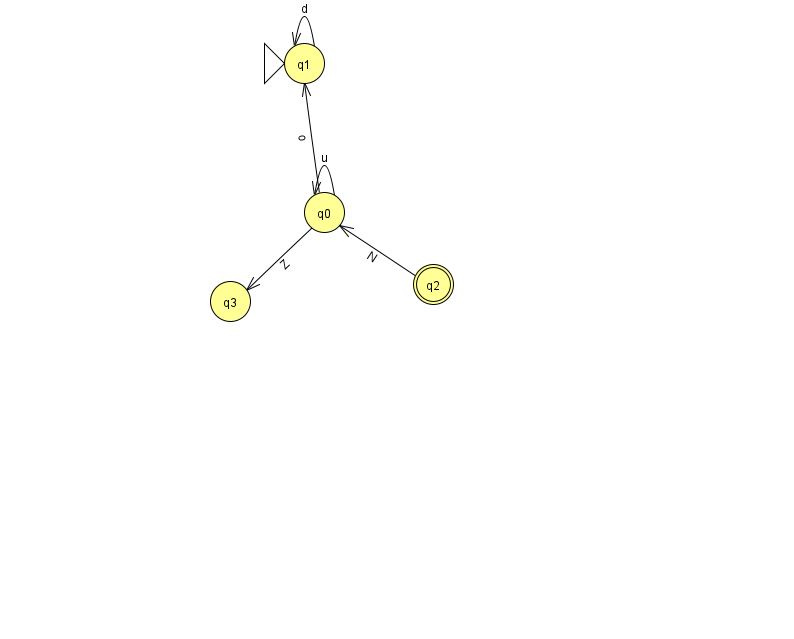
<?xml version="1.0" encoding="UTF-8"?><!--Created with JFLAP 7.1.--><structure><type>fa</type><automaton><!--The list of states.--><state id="0" name="q0"><x>324.0</x><y>199.0</y></state><state id="1" name="q1"><x>304.0</x><y>50.0</y><initial/></state><state id="2" name="q2"><x>433.0</x><y>271.0</y><final/></state><state id="3" name="q3"><x>230.0</x><y>288.0</y></state><!--The list of transitions.--><transition><from>0</from><to>1</to><read>o</read></transition><transition><from>1</from><to>1</to><read>d</read></transition><transition><from>0</from><to>0</to><read>u</read></transition><transition><from>2</from><to>0</to><read>N</read></transition><transition><from>0</from><to>3</to><read>Z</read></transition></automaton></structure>